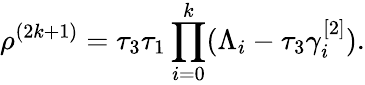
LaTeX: \rho^{(2k+1)}=\tau_{3}\tau_{1}\prod_{i=0}^{k}(\Lambda_{i}-\tau_{3}\gamma_{i}^{[2]}).